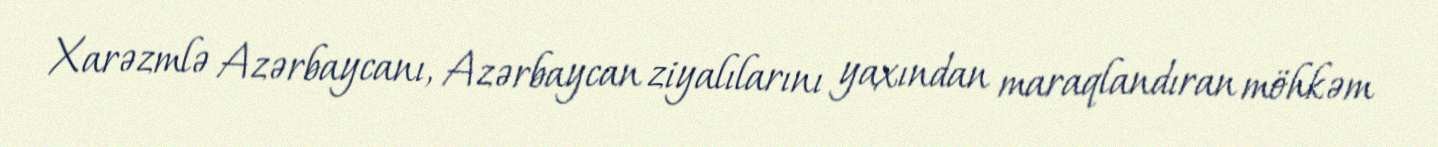
Xarəzmlə Azərbaycanı, Azərbaycan ziyalılarını yaxından maraqlandıran möhkəm